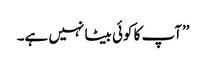
’’آپ کا کوئی بیٹا نہیں ہے۔